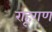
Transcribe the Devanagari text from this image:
राहूगण